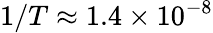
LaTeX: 1/T\approx 1.4\times 10^{-8}